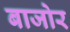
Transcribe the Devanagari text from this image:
बाजोर